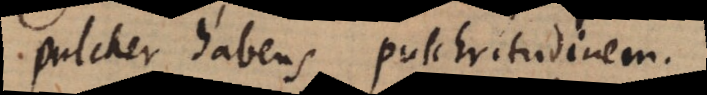
pulcher habens pulchritudinem.